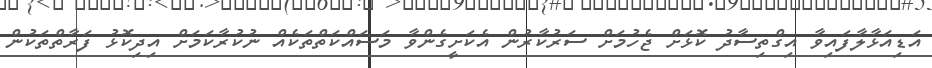
އަޑިއަޅާލާފައިވާ އިގްތިސާދު ކޮޅަށް ޖެހުމަށް ސަރުކާރުން އެކަށީގެންވާ މަސައްކަތްތަކެއް ނުކުރާކަމަށް އިދިކޮޅު ފަރާތްތަކުން